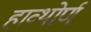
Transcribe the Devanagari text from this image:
हाव्थोर्ण